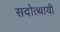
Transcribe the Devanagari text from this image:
सदोत्थायी